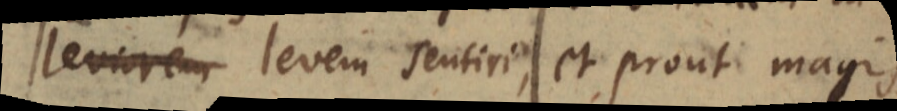
leviorem levem sentiri, et prout magis